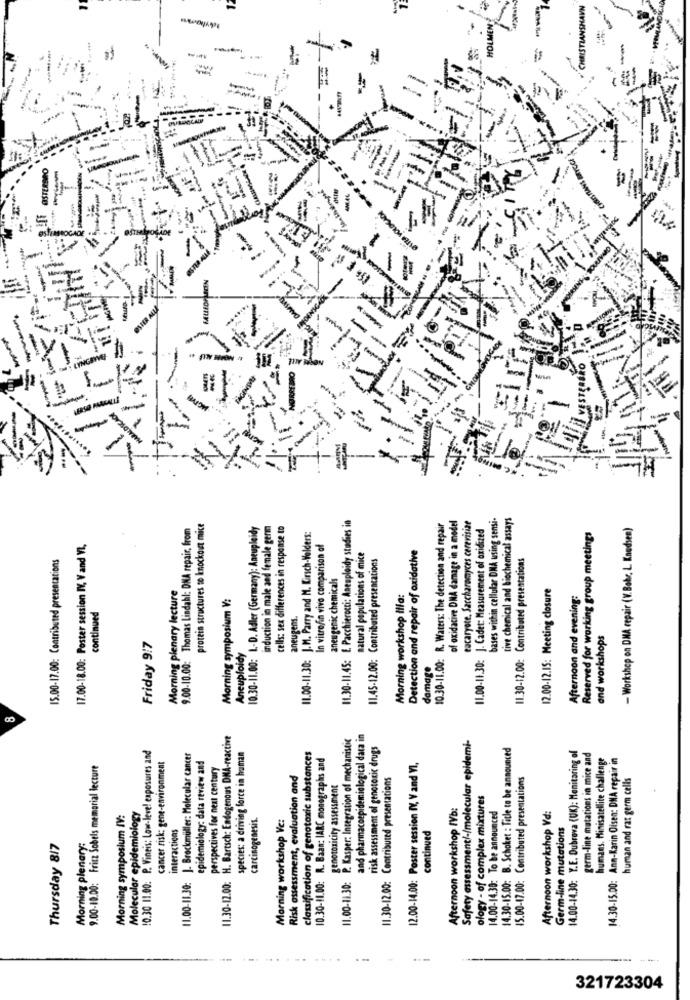
---
ØSTERBRO
11.30-11.45: E. Pacchierocci: Anenploidy studies in
bases within cellular DNA using sensi-
tive chemical and biochemical assays
9.00-10.00: Thomas Lindahl: DNA repair, from
protein structures so knockout mice
10.30-11.00: L-D. Adler (Germany): Aneupleidy
induction in male and female germ
cells: sex differences in response to
10.30-11.00: R. Waters: The detection and repair
of oxidative DNA damage in a model
eucaryote, Saccharomyces cerevisiae
11.00-11.30: J. Cadet: Measurement of oxidized
- Workshop on DNA repair (V. Bohr, L Knudsen)
11.00-11.30: J.M. Parry and M. Kirsch-Velders:
Reserved for working group meetings
17.00-18.00: Poster session IV, Vand VI,
In vitro/in vivo comparison of
Detection and repair of oxidative
15.00-17.00: Contributed presentations
natural populations of mice
11.45-12.00: Contributed presentations
11.30-12.00: Contributed presentations
aneugenic chemicals
Morning plenary lecture
12.00-12.IS: Meeting closure
Morning symposium V:
Morning workshop illa:
Afternoon and evening:
continued
aneugens.
and workshops
Friday 9:7
Aneuploidy
damage
11.30-12.00: H. Bartsch: Endogenous DMA-reactive
11.00-11.30: P. Kasper: Integration of mechanistic
and pharmacoepidemiological data in
Safety assessment/-/molecular epidemi-
10.30 11.00: P. Vineis: Low-level exposures and
risk assessment of genotoxic drugs
14.30-15.00: B. Schoket : Title to be announced
14.00-14.30; Y.E. Dubrova (UK): Menitaring of
11.00-11.30: J. Brockmüller: Molecular cancer
species: a driving force in human
classification of genotoxic substances
10.30-11.00: R. Baan: IARC monographs and
germ-line mutations in mice and
humans. Minisatellite challenge
14.30-15.00: Ann-Karin Oisen: DNA repair in
9.00-19.00: Fritz Sobels memorial lecture
cancer risk: gene-environment
epidemiology: data review and
perspectives for next century
12.00-14.00: Poster session IV, V and VI,
Risk assessment, evaluation and
11.30-12.00: Contributed presentations
15.00-17.00: Contributed presentations
human and rat germ cells
genotoxicity assessment
ology - of complex mixtures
Afternoon workshop IVb:
Morning symposium IV:
Molecular epidemiology
carcinogenesis.
Morning workshop Ve:
14.00-14.30: To be announced
Afternoon workshop Vd:
interactions
Germ-line mutations
continued
Thursday 8/7
Morning plenary:
321723304